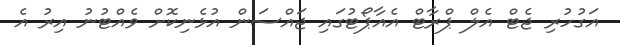
އަގުހުރި ޖެޓް އެލް ޕްރާޓް އެއާޕޯޓުގައި ޖައްސަން އުޅެނިކޮށް ވެއްޓުނު އިރު އެ